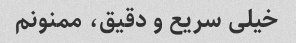
خیلی سریع و دقیق، ممنونم